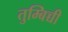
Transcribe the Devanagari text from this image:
तुम्बिच्ची